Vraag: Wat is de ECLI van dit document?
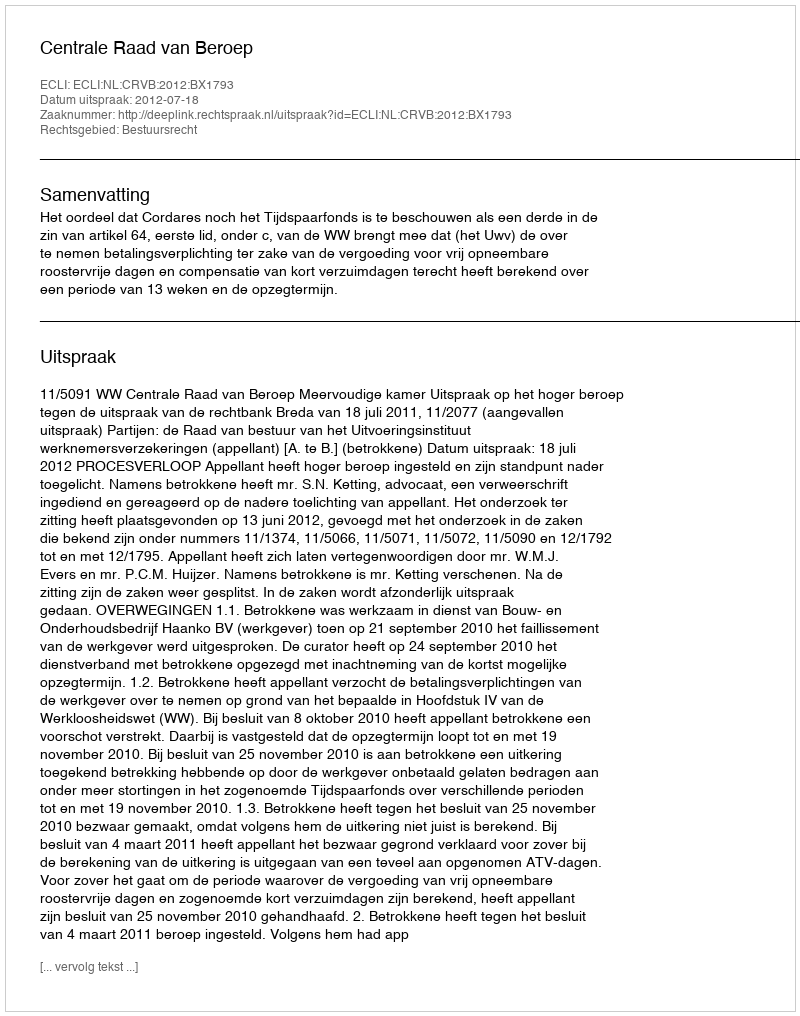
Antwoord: ECLI:NL:CRVB:2012:BX1793